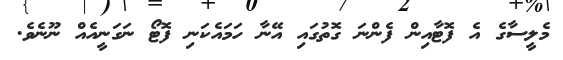
މެލީސާގެ އެ ފޮޓާއިން ފެންނަ ގޮތުގައި އޭނާ ހަމައެކަނި ފޮޓޯ ނަގަނީއެއް ނޫނެވެ.